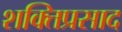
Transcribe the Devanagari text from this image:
शक्तिप्रसाद